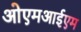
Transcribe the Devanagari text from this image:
ओएमआईएम